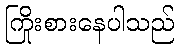
ကြိုးစားနေပါသည်